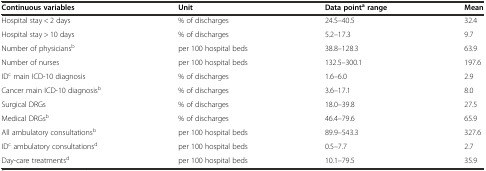
| Continuous variables | Unit | Data pointarange | Mean |
 | --- | --- | --- | --- |
 | Hospital stay < 2 days | % of discharges | 24.5–40.5 | 32.4 |
 | Hospital stay > 10 days | % of discharges | 5.2–17.3 | 9.7 |
 | Number of physiciansb | per 100 hospital beds | 38.8–128.3 | 63.9 |
 | Number of nurses | per 100 hospital beds | 132.5–300.1 | 197.6 |
 | IDc main ICD-10 diagnosis | % of discharges | 1.6–6.0 | 2.9 |
 | Cancer main ICD-10 diagnosisb | % of discharges | 3.6–17.1 | 8.0 |
 | Surgical DRGs | % of discharges | 18.0–39.8 | 27.5 |
 | Medical DRGsb | % of discharges | 46.4–79.6 | 65.9 |
 | All ambulatory consultationsb | per 100 hospital beds | 89.9–543.3 | 327.6 |
 | IDc ambulatory consultationsd | per 100 hospital beds | 0.5–7.7 | 2.7 |
 | Day-care treatmentsd | per 100 hospital beds | 10.1–79.5 | 35.9 |